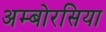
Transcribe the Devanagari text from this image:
अम्बोरसिया